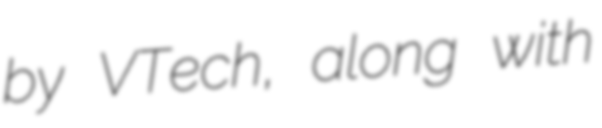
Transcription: by VTech, along with